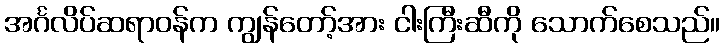
အင်္ဂလိပ်ဆရာဝန်က ကျွန်တော့်အား ငါးကြီးဆီကို သောက်စေသည်။